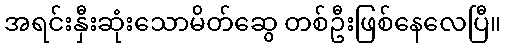
အရင်းနှီးဆုံးသောမိတ်ဆွေ တစ်ဦးဖြစ်နေလေပြီ။